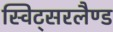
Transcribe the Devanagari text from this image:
स्विट्सरलैण्ड